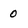
Character: o